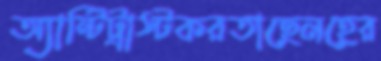
অ্যান্টিট্রাস্টকরতাছেনহের